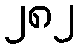
၂၈၂